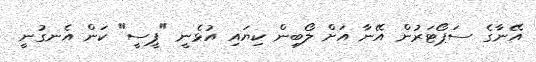
އޭނާގެ ސަޕޯޓަރުން އޭނާ އަށް ލޯބިން ކިޔައި އުޅެނީ "ޕީސީ" ކަން އެނގުނީ